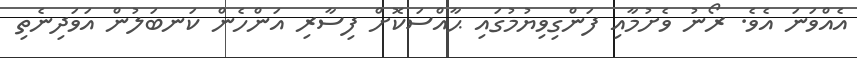
އެއްވަނަ އެވެ. ރޯނު ވެށުމާއި ފަންގިވިޔުމުގައި ޙާއްސަކޮށް ފިސާރި އަންހެން ކަނބަލުން އަވަދިނެތި